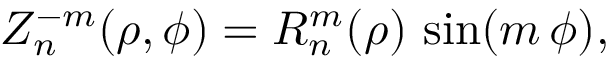
Z _ { n } ^ { - m } ( \rho , \phi ) = R _ { n } ^ { m } ( \rho ) \, \sin ( m \, \phi ) ,